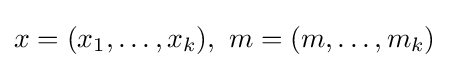
x=(x_{1},\ldots ,x_{k}),\ m=(m,\ldots ,m_{k})